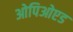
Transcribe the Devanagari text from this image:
ओपिओएड